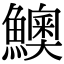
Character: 𩼈